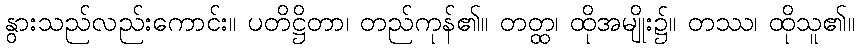
နွားသည်လည်းကောင်း။ ပတိဋ္ဌိတာ၊ တည်ကုန်၏။ တတ္ထ၊ ထိုအမျိုး၌။ တဿ၊ ထိုသူ၏။